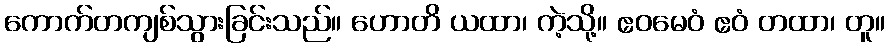
ကောက်တကျစ်သွားခြင်းသည်။ ဟောတိ ယထာ၊ ကဲ့သို့။ ဧဝမေဝံ ဧဝံ တထာ၊ တူ။